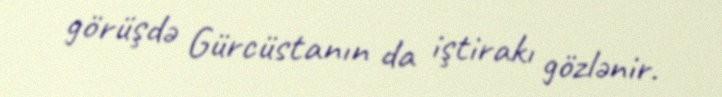
görüşdə Gürcüstanın da iştirakı gözlənir.